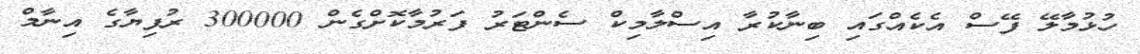
ހުޅުމާލޭ ފޭސް އެކެއްގައި ބިނާކުރާ އިސްލާމިކް ސެންޓަރު ފަރުމާކޮށްގެން 300000 ރުފިޔާގެ އިނާމް